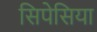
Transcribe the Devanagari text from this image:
सिपेसिया